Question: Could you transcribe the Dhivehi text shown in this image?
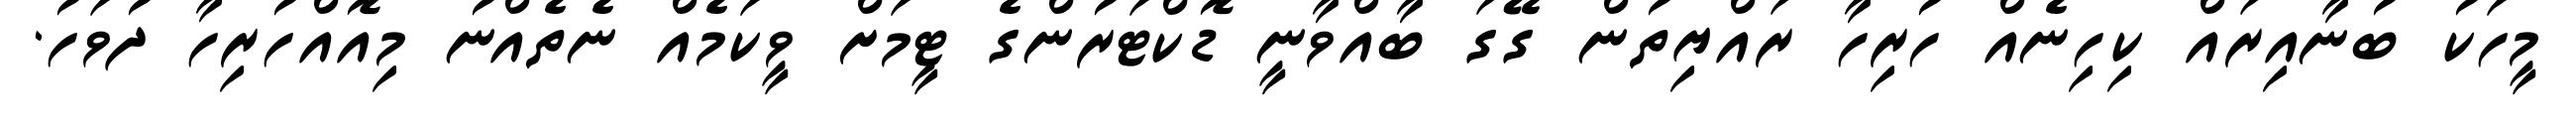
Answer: މީހަކު ބުނާއިރައް ކިހިނެއް ހުރިހާ ރައްޔިތުން ގޭގަ ބާއްވާނީ ޑޮކްޓަރުންގެ ޓީމަށް ވީކަމެއް ނެތެއްނު މިއޮއްހުރިހާ ދުވަހު.